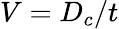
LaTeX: V=D_{c}/t